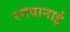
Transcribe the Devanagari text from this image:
लावानाई